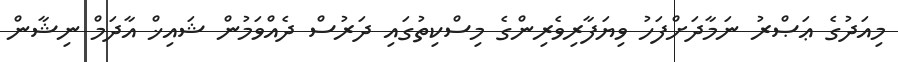
މިއަދުގެ ޢަޞްރު ނަމާދަށްފަހު ވިޔަފާރިވެރިންގެ މިސްކިތުގައި ދަރުސް ދެއްވަމުން ޝައިޚް އާދަމް ނިޝާން